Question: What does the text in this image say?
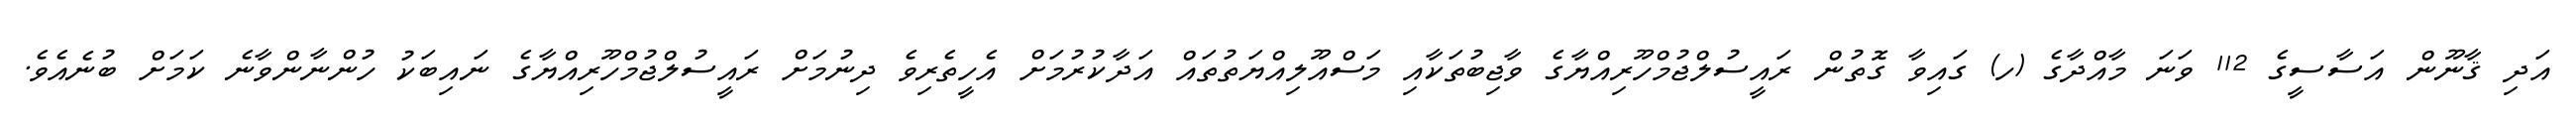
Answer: އަދި ޤާނޫން އަސާސީގެ 112 ވަނަ މާއްދާގެ (ހ) ގައިވާ ގޮތުން ރައީސުލްޖުމްހޫރިއްޔާގެ ވާޖިބުތަކާއި މަސްއޫލިއްޔަތުތައް އަދާކުރުމަށް އެހީތެރިވެ ދިނުމަށް ރައީސުލްޖުމްހޫރިއްޔާގެ ނައިބަކު ހުންނާންވާނެ ކަމަށް ބުނެއެވެ.